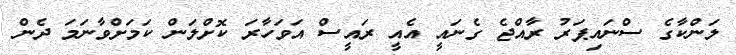
ލަންކާގެ ސްނައިޕަރު ރާއްޖެ ގެނައީ އެއީ ރައީސް އަވަހާރަ ކޮށްލަން ކަމަށްވާނަމަ ދެން